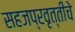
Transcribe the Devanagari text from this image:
सहजप्रवृत्तीचे